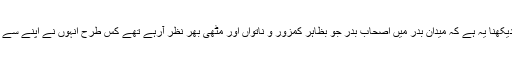
اب غزوہ بدر کی روشنی میں دیکھنا یہ ہے کہ میدانِ بدر میں اصحاب بدر جو بظاہر کمزور و ناتواں اور مٹھی بھر نظر آرہے تھے کس طرح انہوں نے اپنے سے بڑی فوج کا ڈٹ کر مقابلہ کیا۔